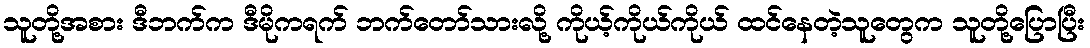
သူတို့အစား ဒီဘက်က ဒီမိုကရက် ဘက်တော်သားလို့ ကိုယ့်ကိုယ်ကိုယ် ထင်နေတဲ့သူတွေက သူတို့ပြောပြီး